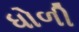
ધોળી